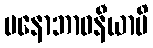
မနောဘာဝနီယာပိ